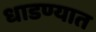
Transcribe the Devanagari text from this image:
धाडण्यात